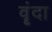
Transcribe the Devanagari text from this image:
वॄंदा